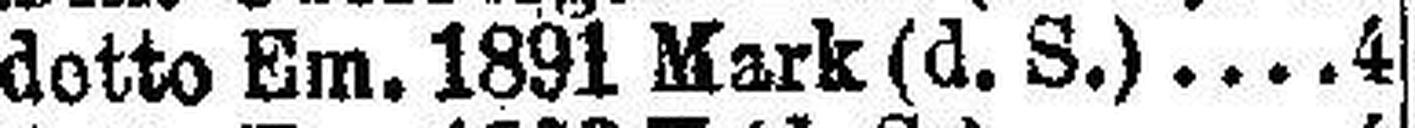
detto Em. 1891 Mark (d. S.) 4